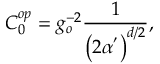
C _ { 0 } ^ { o p } = g _ { o } ^ { - 2 } \frac { 1 } { \left( 2 \alpha ^ { ^ { \prime } } \right) ^ { d / 2 } } ,